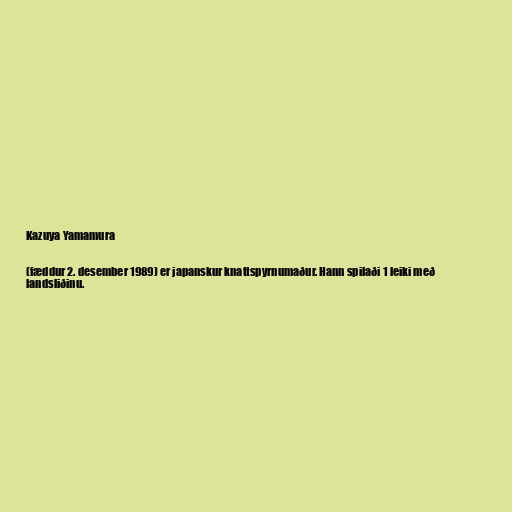
Kazuya Yamamura

(fæddur 2. desember 1989) er japanskur knattspyrnumaður. Hann spilaði 1 leiki með
landsliðinu.